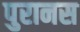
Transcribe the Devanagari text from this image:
पुरानस